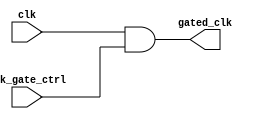
module clock_gating (
    input wire clk,              // Primary clock input
    input wire clk_gate_ctrl,    // Clock gating control signal
    output wire gated_clk        // Gated clock output
);

// Clock gating cell using simple AND logic
assign gated_clk = clk & clk_gate_ctrl;

endmodule